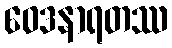
ဝေဒနာရတဿ